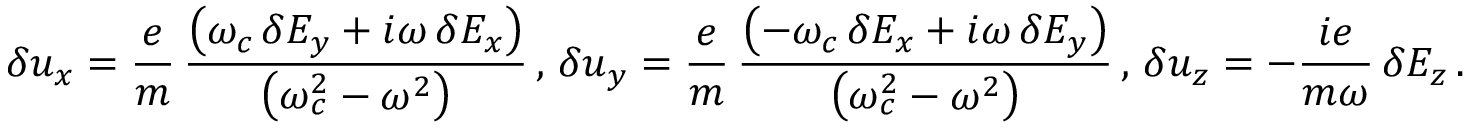
\delta u _ { x } = \frac { e } { m } \, \frac { \left( \omega _ { c } \, \delta E _ { y } + i \omega \, \delta E _ { x } \right) } { \left( \omega _ { c } ^ { 2 } - \omega ^ { 2 } \right) } \, , \, \delta u _ { y } = \frac { e } { m } \, \frac { \left( - \omega _ { c } \, \delta E _ { x } + i \omega \, \delta E _ { y } \right) } { \left( \omega _ { c } ^ { 2 } - \omega ^ { 2 } \right) } \, , \, \delta u _ { z } = - \frac { i e } { m \omega } \, \delta E _ { z } \, .